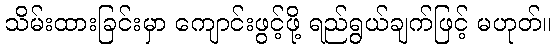
သိမ်းထားခြင်းမှာ ကျောင်းဖွင့်ဖို့ ရည်ရွယ်ချက်ဖြင့် မဟုတ်။